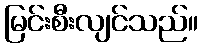
မြင်းစီးလျင်သည်။